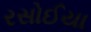
રસોઈયા